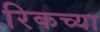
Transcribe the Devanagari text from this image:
रिकच्या